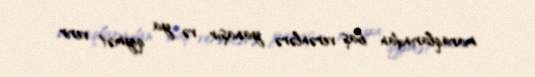
maraqlarından baş verənlərə yanaşır və ya qiymət verir.